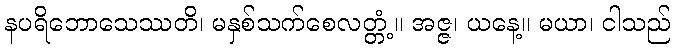
နပရိဘောသေဿတိ၊ မနှစ်သက်စေလတ္တံ့။ အဇ္ဇ၊ ယနေ့။ မယာ၊ ငါသည်